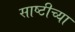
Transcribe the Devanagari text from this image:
साष्टीच्या